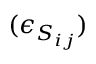
( \epsilon _ { S _ { i j } } )